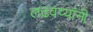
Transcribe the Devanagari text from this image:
लढवय्यांनी